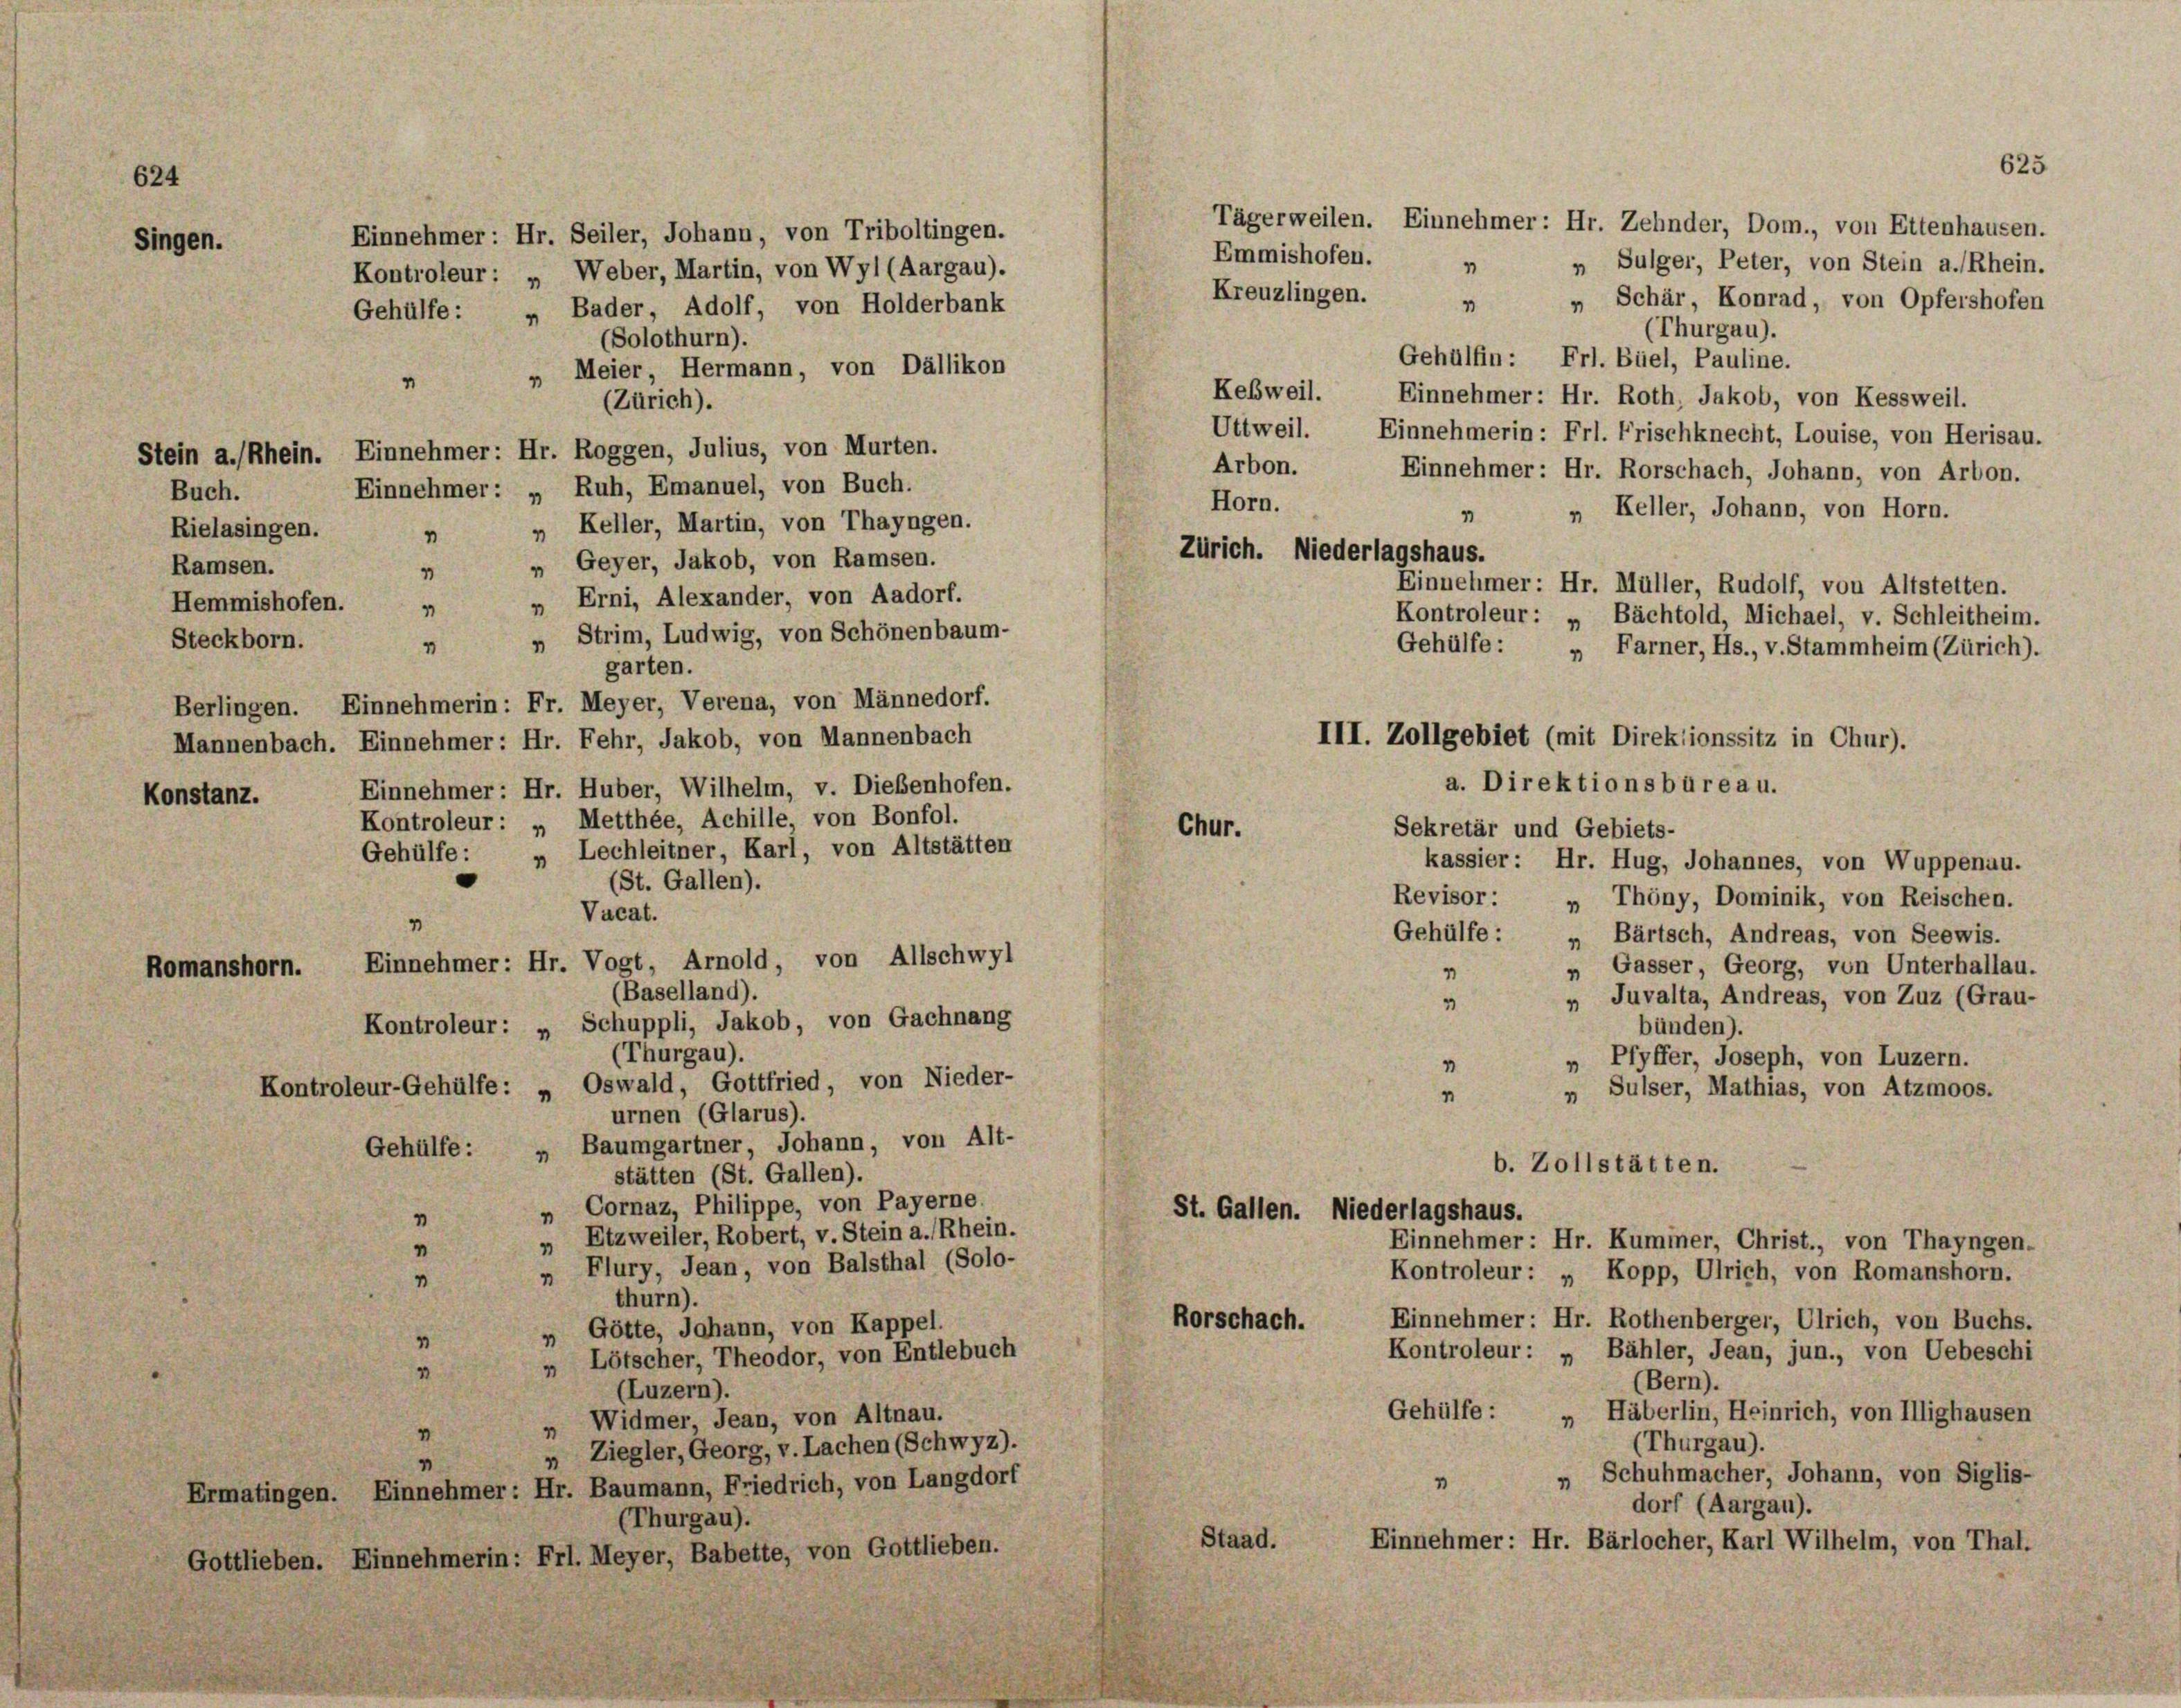
624

Singen.

Buch.
Rielasingen.
1
Ramsen.
4
Hemmishofen.
1
Steckborn.
4
Konstanz.

Tägerweilen. Einnehmer: Hr. Zehnder, Dom., von Ettenhausen.
„ Sulger, Peter, von Stein a. Rhein.
Kreuzlingen.
„ Schär, Konrad, von Opfershofen
(Thurgau).
Gehülfen: Frl. Büel, Pauline.
„ Meier, Hermann, von Dällikon
Keßweil. Einnehmer: Hr. Roth, Jakob, von Kessweil.
(Zürich).
Uttweil. Einnehmerin: Frl. Frischknecht, Louise, von Herisau.
Stein a./Rhein. Einnehmer: Hr. Roggen, Julius, von Murten.
Arbon.
Einnehmer: Hr. Rorschach, Johann, von Arbon.
Einnehmer: „ Ruh, Emanuel, von Buch.
Horn.
 „ Keller, Johann, von Horn.
„ Keller, Martin, von Thayngen.
Zürich. Niederlagshaus.
„ Geyer, Jakob, von Ramsen.
Einnehmer: Hr. Müller, Rudolf, von Altstetten.
Erni, Alexander, von Aadorf.
7
Kontroleur: „ Bächtold, Michael, v. Schleitheim.
„ Strim, Ludwig, von Schönenbaum-
Gehülfe :
„ Farner, Hs., v. Stammheim (Zürich).
garten.
Berlingen. Einnehmerin: Fr. Meyer, Verena, von Männedorf.
Mannenbach. Einnehmer: Hr. Fehr, Jakob, von Mannenbach
Einnehmer: Hr. Huber, Wilhelm, v. Dießenhofen.
Kontroleur: „ Metthée, Achille, von Bonfol.
Chur.
Sekretär und Gebiets-
Gehülfe: „ Lechleitner, Karl, von Altstätten
kassier: Hr. Hug, Johannes, von Wuppenau.
(St. Gallen).
Revisor: „ Thöny, Dominik, von Reischen.
Vacat.
1
Gehülfe :
Bärtsch, Andreas, von Seewis.
1
Einnehmer: Hr. Vogt, Arnold, von Allschwyl
„ Gasser, Georg, von Unterhallau.
Romanshorn.
1
(Baselland).
„ Juvalta, Andreas, von Zuz (Grau-
4
Kontroleur: „ Schuppli, Jakob, von Gachnang
bünden).
(Thurgau).
„ Pfyffer, Joseph, von Luzern.
1
Kontroleur-Gehülfe: „Oswald, Gottfried, von Nieder-
„ Sulser, Mathias, von Atzmoos.
1
urnen (Glarus).
„ Baumgartner, Johann, von Alt-
Gehülfe :
b. Zollstätten.
stätten (St. Gallen).
„ Cornaz, Philippe, von Payerne.
St. Gallen. Niederlagshaus.
"
Etzweiler, Robert, v. Stein a. Rhein.
Einnehmer: Hr. Kummer, Christ., von Thayngen.
1
m
Flury, Jean, von Balsthal (Solo-
Kontroleur: „ Kopp, Ulrich, von Romanshorn.
1
1
thurn).
Einnehmer: Hr. Rothenberger, Ulrich, von Buchs.
Rorschach.
Götte, Johann, von Kappel.
1
3
Kontroleur: „ Bähler, Jean, jun., von Uebeschi
„ Lötscher, Theodor, von Entlebuch
4
(Bern).
(Luzern).
Gehülfe :
Häberlin, Heinrich, von Illighausen
Widmer, Jean, von Altnau.
1
1
(Thurgau).
» Ziegler, Georg, v. Lachen (Schwyz).
„ Schuhmacher, Johann, von Siglis-
1
Ermatingen. Einnehmer: Hr. Baumann, Friedrich, von Langdorf
dorf (Aargau).
(Thurgau).
Staad.
Einnehmer: Hr. Bärlocher, Karl Wilhelm, von Thal.
Gottlieben. Einnehmerin: Frl. Meyer, Babette, von Gottlieben.

Einnehmer: Hr. Seiler, Johann, von Triboltingen.
Kontroleur: „ Weber, Martin, von Wyl (Aargau).
Gehülfe: „ Bader, Adolf, von Holderbank
(Solothurn).

Emmishofen. „

III. Zollgebiet (mit Direktionssitz in Chur).
a. Direktionsbüreau.

625